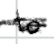
Text: to
Cross-out: scratch
Writing tool: digital_black